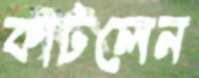
কাটলেন